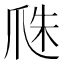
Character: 𤔏